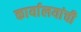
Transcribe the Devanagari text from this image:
कार्यालयांची